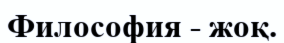
Философия - жоқ.